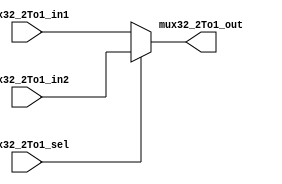
module Mux32_2To1
	(
		input [31:0] mux32_2To1_in1,
		input [31:0] mux32_2To1_in2,
		input mux32_2To1_sel,
		output [31:0] mux32_2To1_out
	);

	assign mux32_2To1_out = mux32_2To1_sel ? mux32_2To1_in2 : mux32_2To1_in1;

endmodule // Mux32_2To1